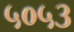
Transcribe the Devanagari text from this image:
५०५३